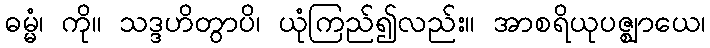
ဓမ္မံ၊ ကို။ သဒ္ဒဟိတွာပိ၊ ယုံကြည်၍လည်း။ အာစရိယုပဇ္ဈာယေ၊